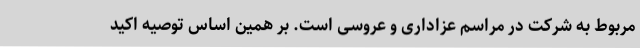
مربوط به شرکت در مراسم عزاداری و عروسی است. بر همین اساس توصیه اکید